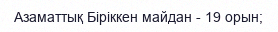
Азаматтық Біріккен майдан - 19 орын;